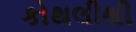
કોથલીથી